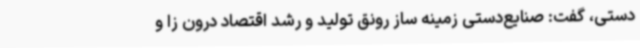
دستی، گفت: صنایع‌دستی زمینه ساز رونق تولید و رشد اقتصاد درون زا و